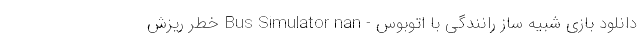
دانلود بازی شبیه ساز رانندگی با اتوبوس - Bus Simulator nan خطر ریزش